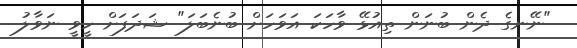
"ނޭނގެ ދެން ބުނަން ތިއުޅޭ ވާހަކަ އަވަހަށް ބުނެބަލަ" ޝަދަފަށް ހީވީ ނަވާލު